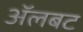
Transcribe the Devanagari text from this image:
अॅलबट